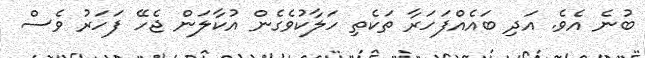
ބުނެ އެވެ. އަދި ބައެއްފަހަރާ ތަކެތި ހަލާކުވެގެން އުކާލަން ޖެހޭ ފަހަރު ވެސް